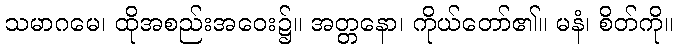
သမာဂမေ၊ ထိုအစည်းအဝေး၌။ အတ္တနော၊ ကိုယ်တော်၏။ မနံ၊ စိတ်ကို။